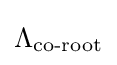
\Lambda _{\text{co-root}}